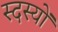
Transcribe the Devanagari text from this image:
स्दस्यों